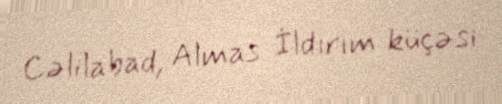
Cəlilabad, Almas İldırım küçəsi